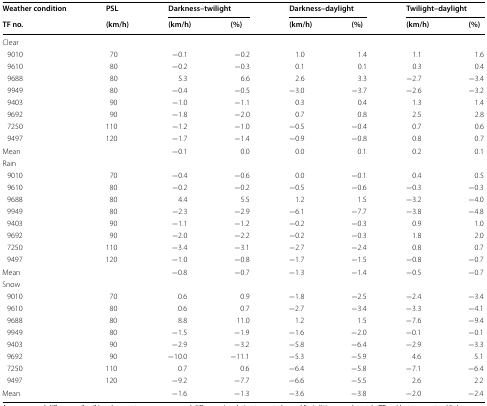
<table><thead><tr><td><b>Weather condition</b></td><td><b>PSL</b></td><td colspan="2"><b>Darkness–twilight</b></td><td colspan="2"><b>Darkness–daylight</b></td><td colspan="2"><b>Twilight–daylight</b></td></tr><tr><td><b>TF no.</b></td><td><b>(km/h)</b></td><td><b>(km/h)</b></td><td><b>(%)</b></td><td><b>(km/h)</b></td><td><b>(%)</b></td><td><b>(km/h)</b></td><td><b>(%)</b></td></tr></thead><tbody><tr><td colspan="8">Clear</td></tr><tr><td> 9010</td><td>70</td><td>−0.1</td><td>−0.2</td><td>1.0</td><td>1.4</td><td>1.1</td><td>1.6</td></tr><tr><td> 9610</td><td>80</td><td>−0.2</td><td>−0.3</td><td>0.1</td><td>0.1</td><td>0.3</td><td>0.4</td></tr><tr><td> 9688</td><td>80</td><td>5.3</td><td>6.6</td><td>2.6</td><td>3.3</td><td>−2.7</td><td>−3.4</td></tr><tr><td> 9949</td><td>80</td><td>−0.4</td><td>−0.5</td><td>−3.0</td><td>−3.7</td><td>−2.6</td><td>−3.2</td></tr><tr><td> 9403</td><td>90</td><td>−1.0</td><td>−1.1</td><td>0.3</td><td>0.4</td><td>1.3</td><td>1.4</td></tr><tr><td> 9692</td><td>90</td><td>−1.8</td><td>−2.0</td><td>0.7</td><td>0.8</td><td>2.5</td><td>2.8</td></tr><tr><td> 7250</td><td>110</td><td>−1.2</td><td>−1.0</td><td>−0.5</td><td>−0.4</td><td>0.7</td><td>0.6</td></tr><tr><td> 9497</td><td>120</td><td>−1.7</td><td>−1.4</td><td>−0.9</td><td>−0.8</td><td>0.8</td><td>0.7</td></tr><tr><td>Mean</td><td></td><td>−0.1</td><td>0.0</td><td>0.0</td><td>0.1</td><td>0.2</td><td>0.1</td></tr><tr><td colspan="8">Rain</td></tr><tr><td> 9010</td><td>70</td><td>−0.4</td><td>−0.6</td><td>0.0</td><td>−0.1</td><td>0.4</td><td>0.5</td></tr><tr><td> 9610</td><td>80</td><td>−0.2</td><td>−0.2</td><td>−0.5</td><td>−0.6</td><td>−0.3</td><td>−0.3</td></tr><tr><td> 9688</td><td>80</td><td>4.4</td><td>5.5</td><td>1.2</td><td>1.5</td><td>−3.2</td><td>−4.0</td></tr><tr><td> 9949</td><td>80</td><td>−2.3</td><td>−2.9</td><td>−6.1</td><td>−7.7</td><td>−3.8</td><td>−4.8</td></tr><tr><td> 9403</td><td>90</td><td>−1.1</td><td>−1.2</td><td>−0.2</td><td>−0.3</td><td>0.9</td><td>1.0</td></tr><tr><td> 9692</td><td>90</td><td>−2.0</td><td>−2.2</td><td>−0.2</td><td>−0.3</td><td>1.8</td><td>2.0</td></tr><tr><td> 7250</td><td>110</td><td>−3.4</td><td>−3.1</td><td>−2.7</td><td>−2.4</td><td>0.8</td><td>0.7</td></tr><tr><td> 9497</td><td>120</td><td>−1.0</td><td>−0.8</td><td>−1.7</td><td>−1.5</td><td>−0.8</td><td>−0.7</td></tr><tr><td>Mean</td><td></td><td>−0.8</td><td>−0.7</td><td>−1.3</td><td>−1.4</td><td>−0.5</td><td>−0.7</td></tr><tr><td colspan="8">Snow</td></tr><tr><td> 9010</td><td>70</td><td>0.6</td><td>0.9</td><td>−1.8</td><td>−2.5</td><td>−2.4</td><td>−3.4</td></tr><tr><td> 9610</td><td>80</td><td>0.6</td><td>0.7</td><td>−2.7</td><td>−3.4</td><td>−3.3</td><td>−4.1</td></tr><tr><td> 9688</td><td>80</td><td>8.8</td><td>11.0</td><td>1.2</td><td>1.5</td><td>−7.6</td><td>−9.4</td></tr><tr><td> 9949</td><td>80</td><td>−1.5</td><td>−1.9</td><td>−1.6</td><td>−2.0</td><td>−0.1</td><td>−0.1</td></tr><tr><td> 9403</td><td>90</td><td>−2.9</td><td>−3.2</td><td>−5.8</td><td>−6.4</td><td>−2.9</td><td>−3.3</td></tr><tr><td> 9692</td><td>90</td><td>−10.0</td><td>−11.1</td><td>−5.3</td><td>−5.9</td><td>4.6</td><td>5.1</td></tr><tr><td> 7250</td><td>110</td><td>0.7</td><td>0.6</td><td>−6.4</td><td>−5.8</td><td>−7.1</td><td>−6.4</td></tr><tr><td> 9497</td><td>120</td><td>−9.2</td><td>−7.7</td><td>−6.6</td><td>−5.5</td><td>2.6</td><td>2.2</td></tr><tr><td>Mean</td><td></td><td>−1.6</td><td>−1.3</td><td>−3.6</td><td>−3.8</td><td>−2.0</td><td>−2.4</td></tr></tbody></table>